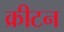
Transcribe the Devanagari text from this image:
क्रीटन